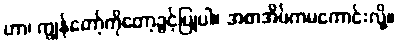
ဟာ၊ ကျွန်တော့်ကိုတော့ခွင့်ပြုပါ။ အစာအိမ်ကမကောင်းလို့။